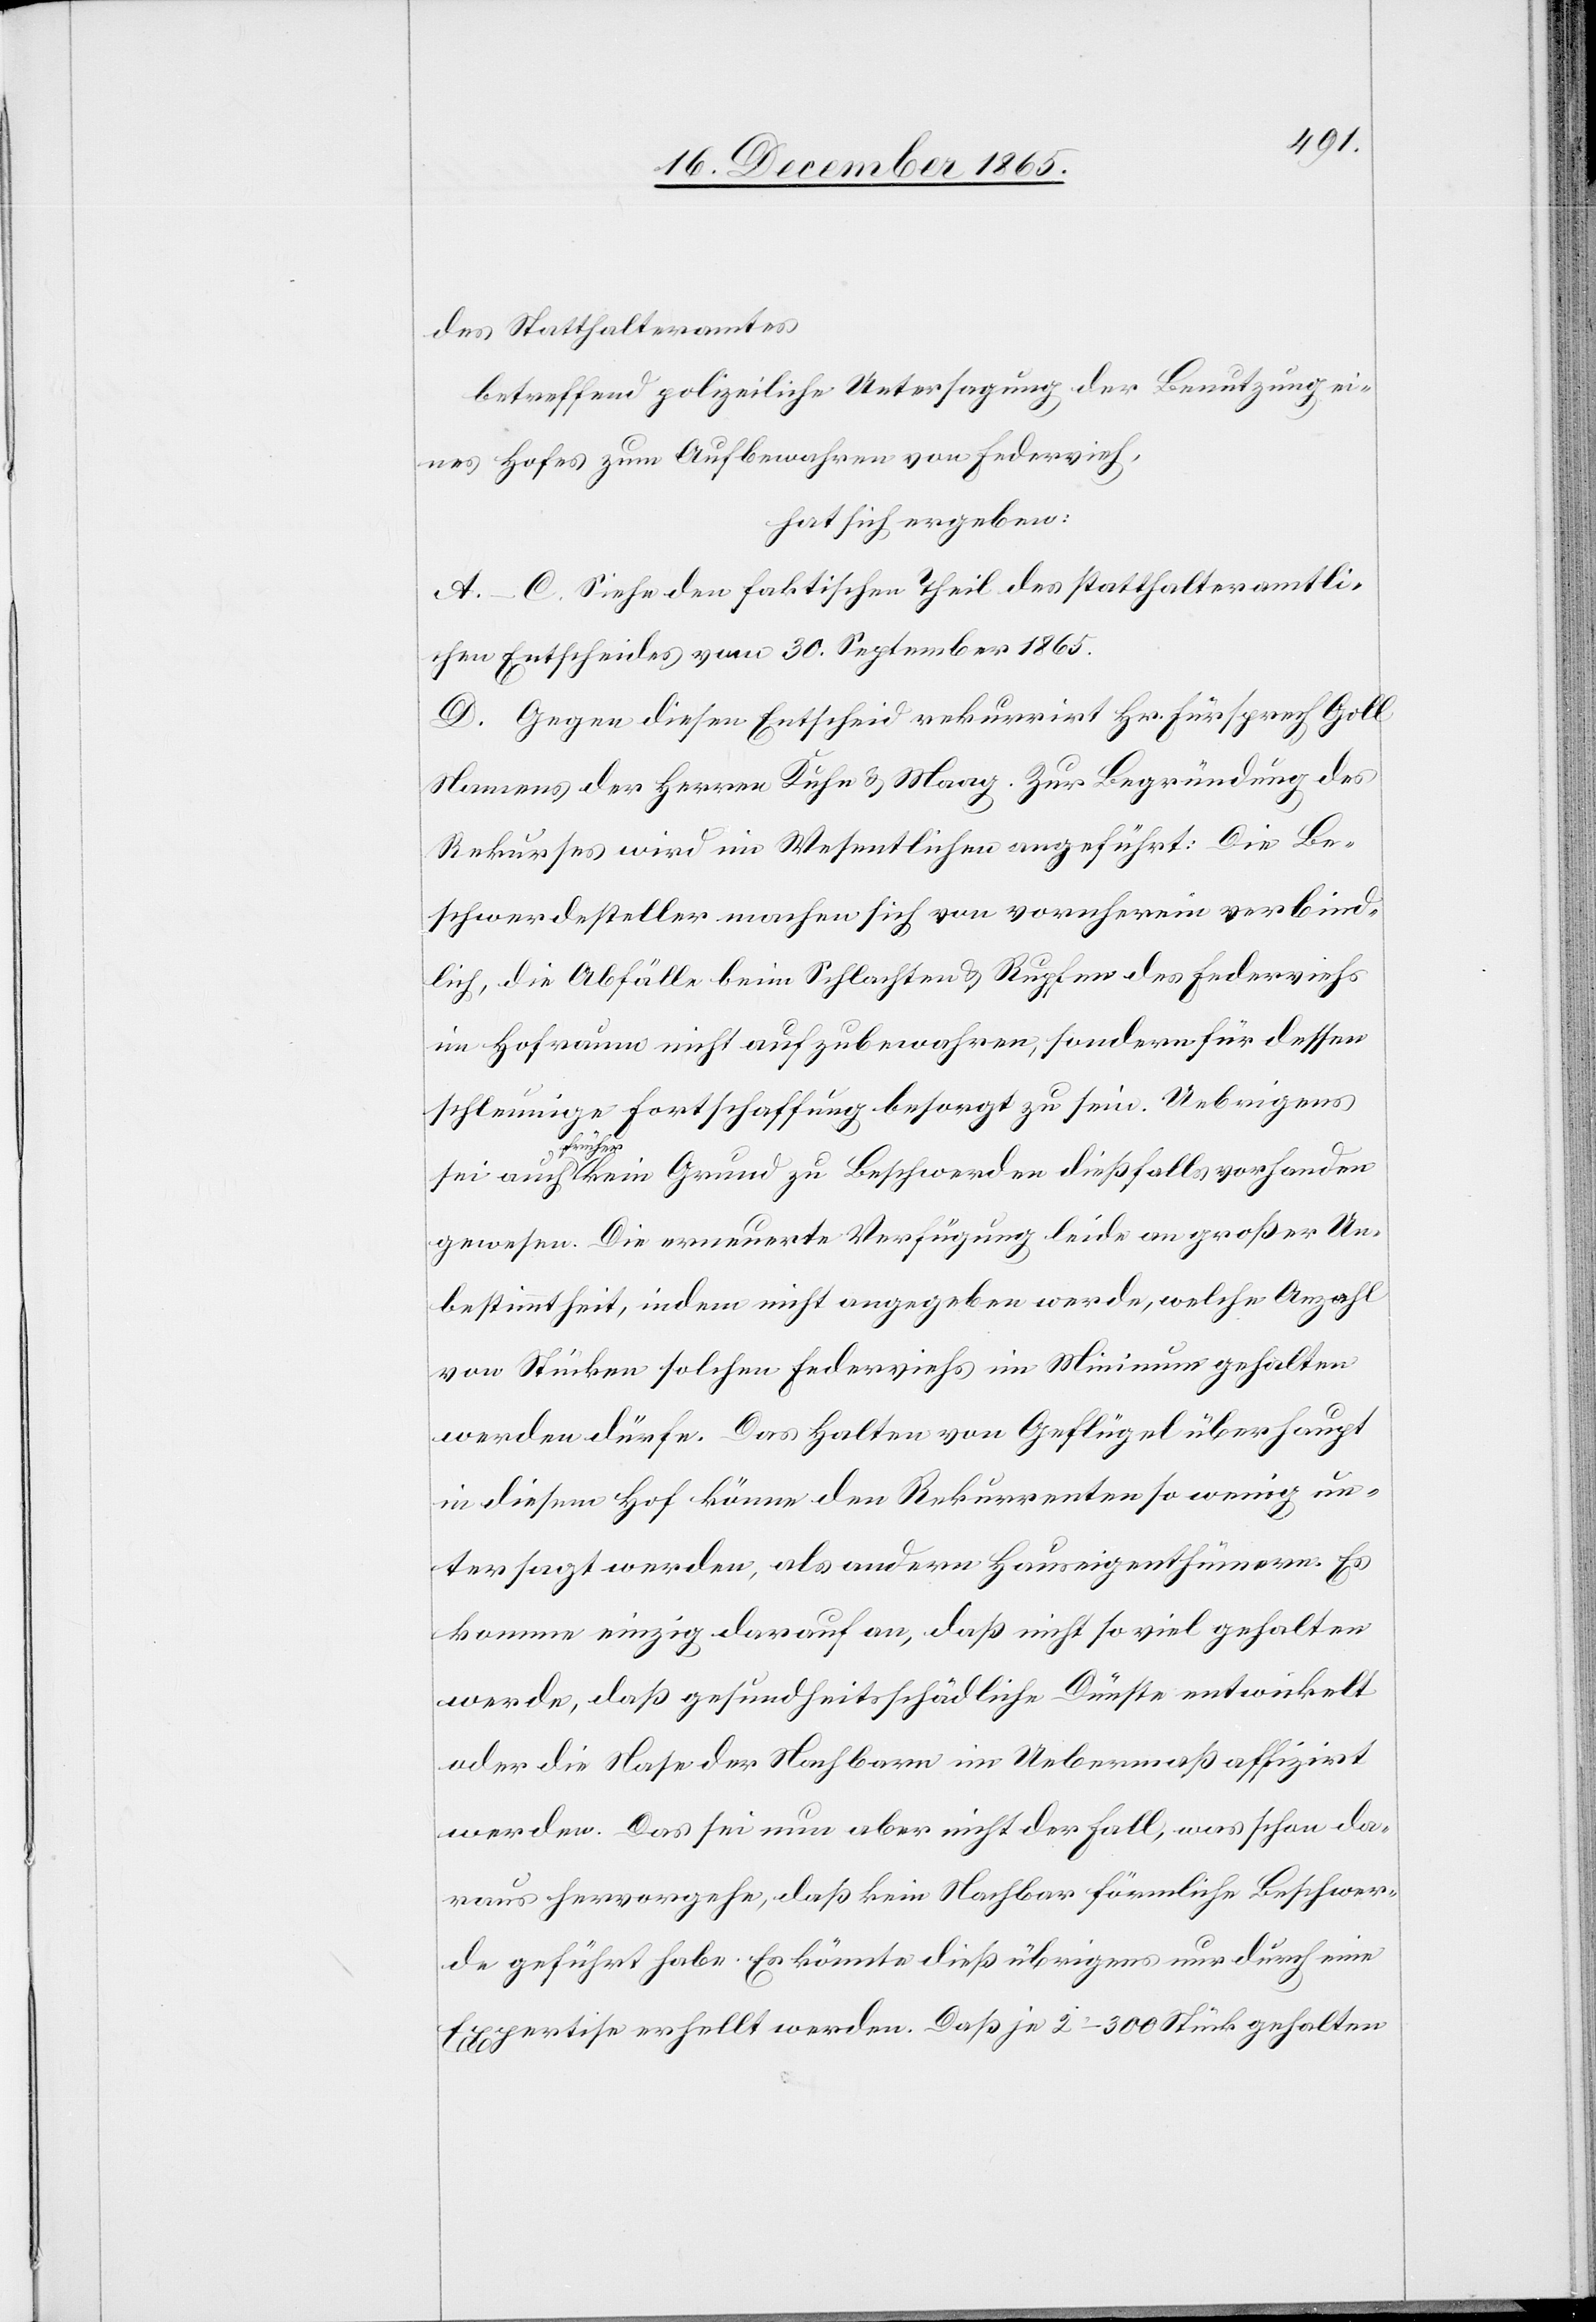
des Statthalteramtes
betreffend polizeiliche Untersagung der Benutzung ei¬
nes Hofes zum Aufbewahren von Federvieh,
hat sich ergeben:
A.–C. Siehe den faktischen Theil des statthalteramtli¬
chen Entscheides vom 30. September 1865.
D. Gegen diesen Entscheid rekurrirt Hr. Fürsprech Goll
Namens der Herren Kuhn & Maag. Zur Begründung des
Rekurses wird im Wesentlichen angeführt: Die Be¬
schwerdesteller machen sich von vornherein verbind¬
lich, die Abfälle beim Schlachten & Rupfen des Federviehs
im Hofraum nicht aufzubewahren, sondern für dessen
schleunige Fortschaffung besorgt zu sein. Uebrigens
a-frü¬
her-a kein Grund zu Beschwerden dießfalls vorhanden
gewesen. Die erneuerte Verfügung leide an großer Un¬
bestimmtheit, indem nicht angegeben werde, welche Anzahl
von Stücken solchen Federviehs im Minimum gehalten
werden dürfe. Das Halten von Geflügel überhaupt
in diesem Hof könne den Rekurrenten so wenig un¬
tersagt werden, als andern Hauseigenthümern. Es
komme einzig darauf an, daß nicht so viel gehalten
werde, daß gesundheitsschädliche Dünste entwickelt
oder die Nase der Nachbarn im Uebermaß affizirt
werden. Das sei nun aber nicht der Fall, was schon da¬
raus hervorgehe, daß kein Nachbar förmliche Beschwer¬
de geführt habe. Es könnte dieß übrigens nur durch eine
Expertise erhellt werden. Daß je 2–300 Stück gehalten